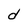
Character: d